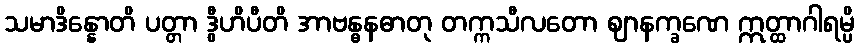
သမာဒိန္နောတိ ပတ္တာ ဒွီဟိပီတိ အာဗန္ဓနဓာတု တက္ကသီလတော ဈာနက္ခဏေ ဣတ္ထာဂါရမ္ပိ